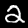
Label: 2